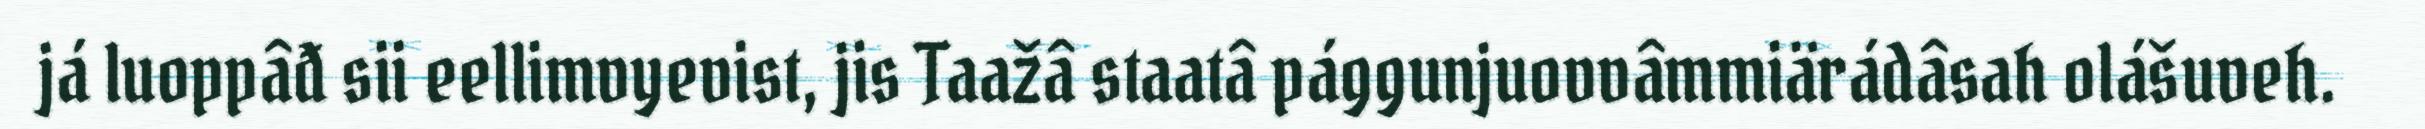
já luoppâđ sii eellimvyevist, jis Taažâ staatâ pággunjuovvâmmiärádâsah olášuveh.